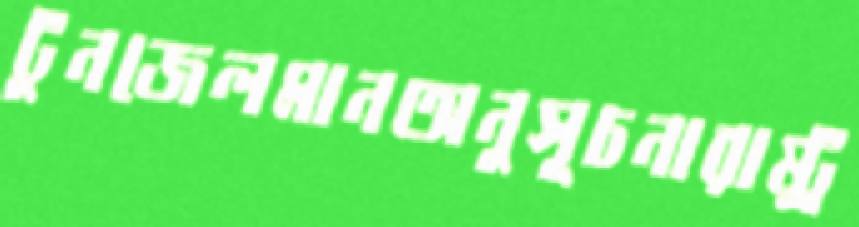
টুনজেলমানঅনুসূচনারাষ্ট্র